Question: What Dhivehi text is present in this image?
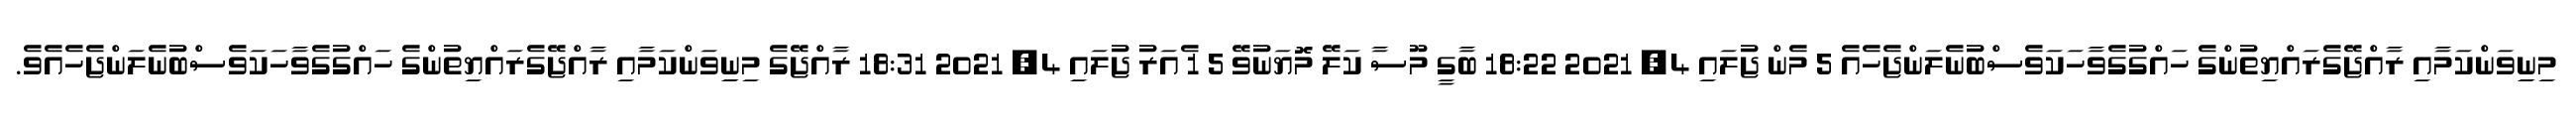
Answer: މިނިިވަންކަމާއި ރާއްޖޭގެރައްޔިތުންގެ ހައްގުގެވާހަކަވެސްބުނެލަންޖެހެއެ 5 މެން ޖުލައި 4, 2021 18:22 ބާގީ މޫސާ ކަލޭ މޮޔަނުވޭ 5 1 ެއަރު ޖުލައި 4, 2021 18:31 ރާއްޖޭގެ މިނިިވަންކަމާއި ރާއްޖޭގެރައްޔިތުންގެ ހައްގުގެވާހަކަވެސްބުނެލަންޖެހެއެވެ.